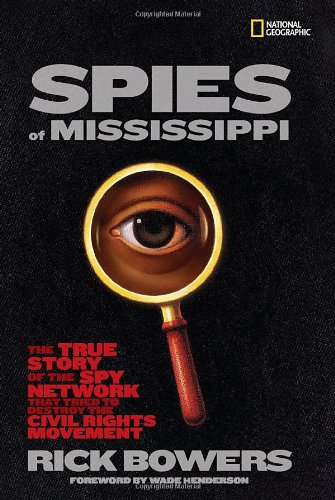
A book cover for Spies of Mississippi: The True Story of the Spy Network that Tried to Destroy the Civil Rights Movement; Rick Bowers; Children's Books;